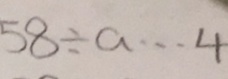
5 8 \div a \cdots 4